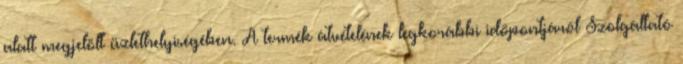
alatt megjelölt üzlethelyiségében. A termék átvételének legkorábbi időpontjáról Szolgáltató